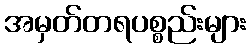
အမှတ်တရပစ္စည်းများ